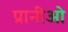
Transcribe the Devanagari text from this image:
प्रानीओ